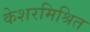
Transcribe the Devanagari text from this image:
केशरमिश्रित